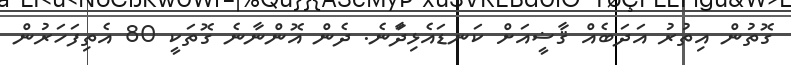
ގޮތުން އިތުރު އަދަބެއް ޤާޟީއަށް ކަނޑައެޅިދަާނެ. ދެން އޮންނާނެ ގޮތަކީ 80 އެތިފަހަރުން